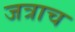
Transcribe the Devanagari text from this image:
जत्राच